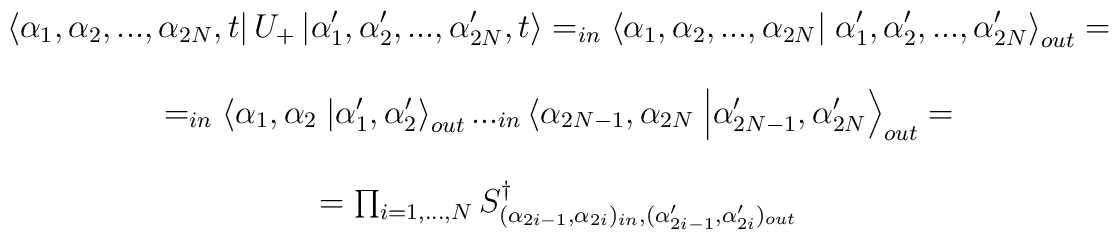
\begin{array}{c}\displaystyle \left\langle \alpha _{1},\alpha _{2},...,\alpha _{2N},t\right| U_{+}\left| \alpha _{1}',\alpha _{2}',...,\alpha _{2N}',t\right\rangle =_{in}\left\langle \alpha _{1},\alpha _{2},...,\alpha _{2N}\right| \left. \alpha _{1}',\alpha _{2}',...,\alpha _{2N}'\right\rangle _{out}=\\\\=_{in}\left\langle \alpha _{1},\alpha _{2}\right. \left| \alpha _{1}',\alpha _{2}'\right\rangle _{out}..._{in}\left\langle \alpha _{2N-1},\alpha _{2N}\right. \left| \alpha _{2N-1}',\alpha _{2N}'\right\rangle _{out}=\\\\=\prod _{i=1,...,N}S^{\dagger }_{(\alpha _{2i-1},\alpha _{2i})_{in},(\alpha _{2i-1}',\alpha _{2i}')_{out}}\end{array}